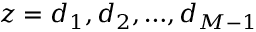
z = d _ { 1 } , d _ { 2 } , … , d _ { M - 1 }